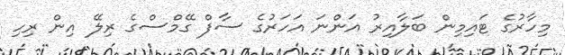
މިހާރުގެ ޓައިމިން ބަލާއިރު އަންނަ އަހަރުގެ ސާފް ގޭމްސްގެ ރިލޭ އިން ރިހި